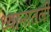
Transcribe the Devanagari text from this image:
ध्यानातली